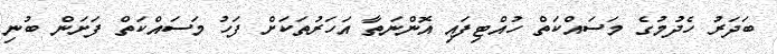
ބަދަރު ހެދުމުގެ މަސައްކަތް ހުއްޓިފައި އޮންނަތާ އަހަރުތަކަށް ފަހު މަސައްކަތް ފަށަން ބުނި